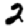
Digit: 2